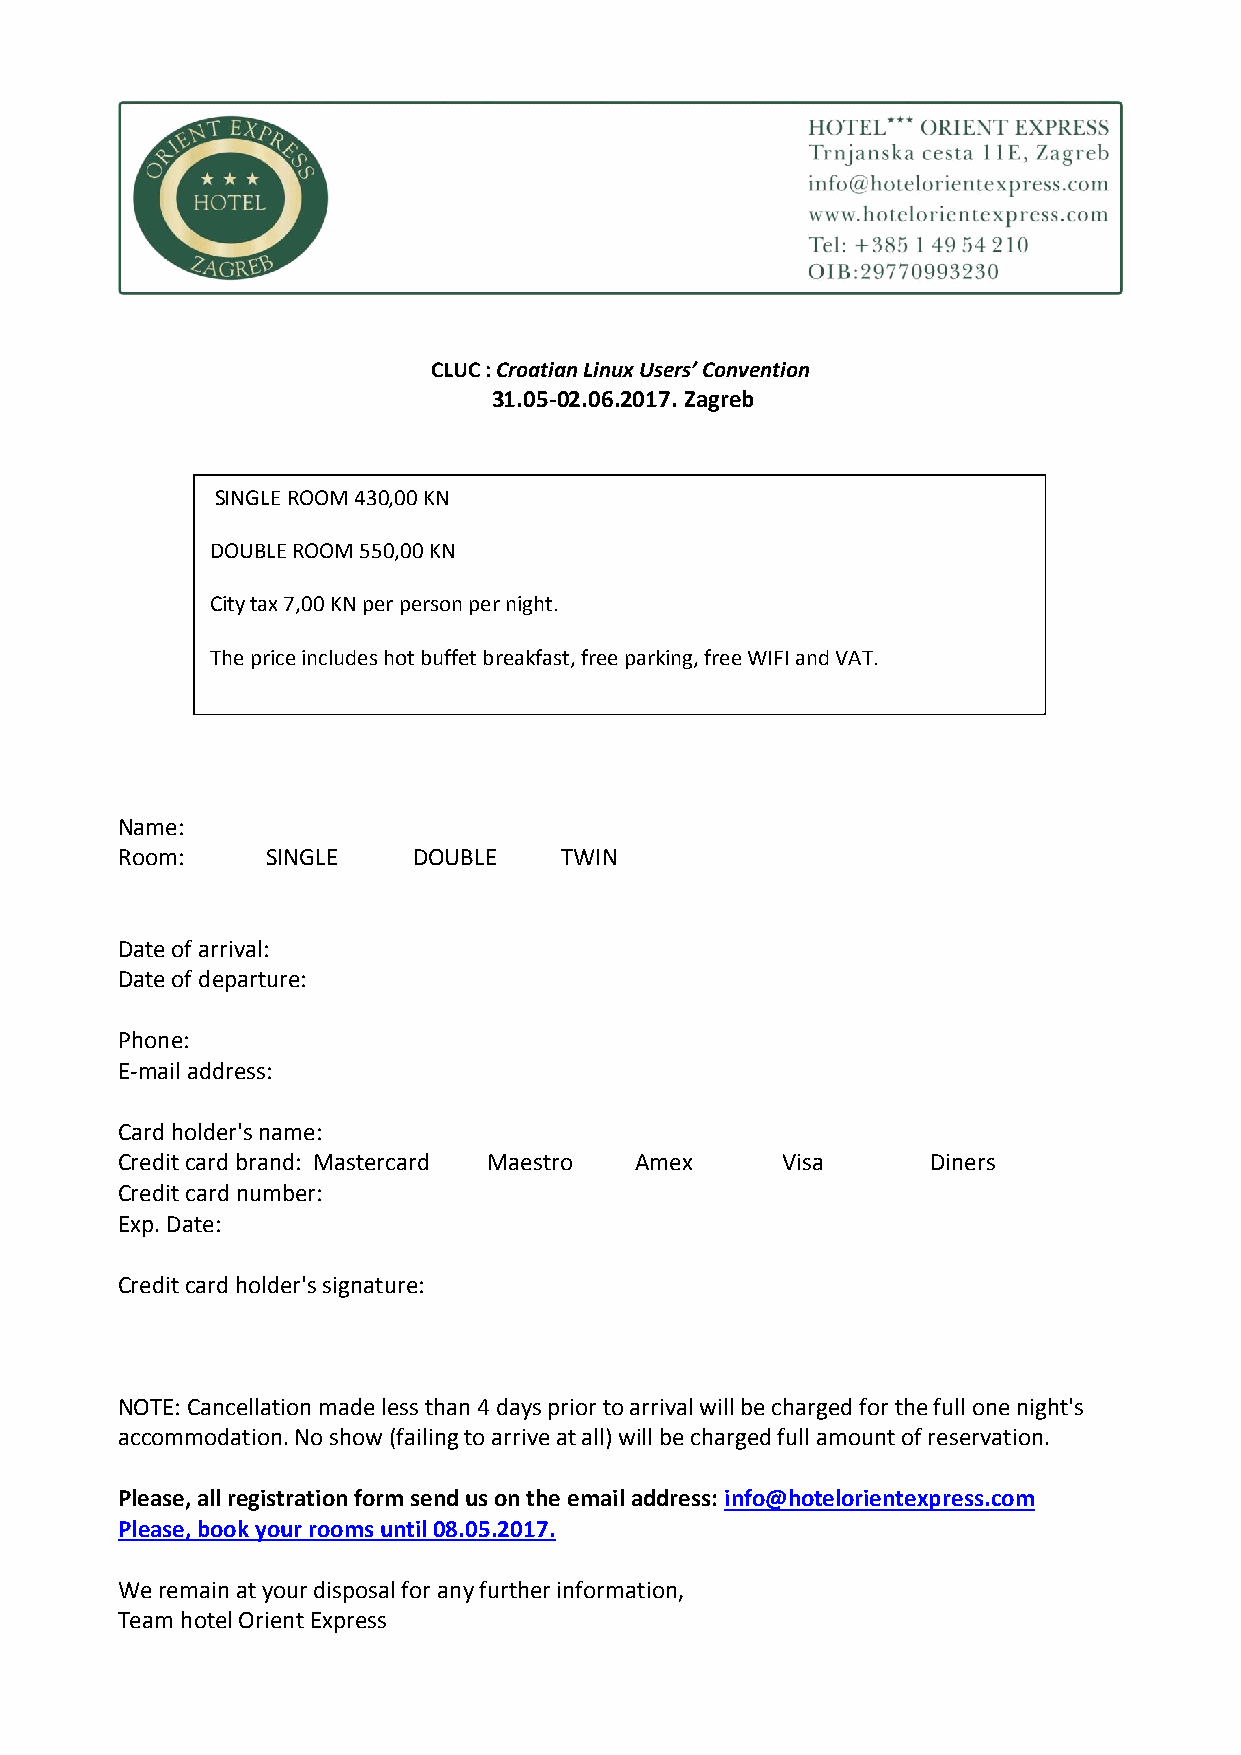
CLUC : Croatian Linux Users’ Convention
 31.05-02.06.2017. Zagreb
 SINGLE ROOM 430,00 KN
 DOUBLE ROOM 550,00 KN
 City tax 7,00 KN per person per night.
 The price includes hot buffet breakfast, free parking, free WIFI and VAT.
 Name:
 Room:     SINGLE   DOUBLE    TWIN
 Date of arrival:
 Date of departure:
 Phone:
 E-mail address:
 Card holder's name:
 Credit card brand: Mastercard Maestro Amex  Visa      Diners
 Credit card number:
 Exp. Date:
 Credit card holder's signature:
 NOTE: Cancellation made less than 4 days prior to arrival will be charged for the full one night's
 accommodation. No show (failing to arrive at all) will be charged full amount of reservation.
 Please, all registration form send us on the email address: info@hotelorientexpress.com
 Please, book your rooms until 08.05.2017.
 We remain at your disposal for any further information,
 Team hotel Orient Express